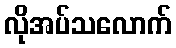
လိုအပ်သလောက်